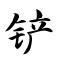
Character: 铲